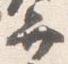
弁